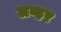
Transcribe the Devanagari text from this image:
लव्हर